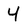
Character: 4